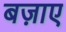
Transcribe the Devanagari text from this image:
बज़ाए